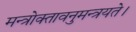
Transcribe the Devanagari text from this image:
मन्त्रोक्तावनुमन्त्रयते।